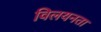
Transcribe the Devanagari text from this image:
विलयनता